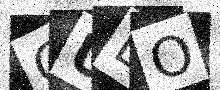
Text: GUEO